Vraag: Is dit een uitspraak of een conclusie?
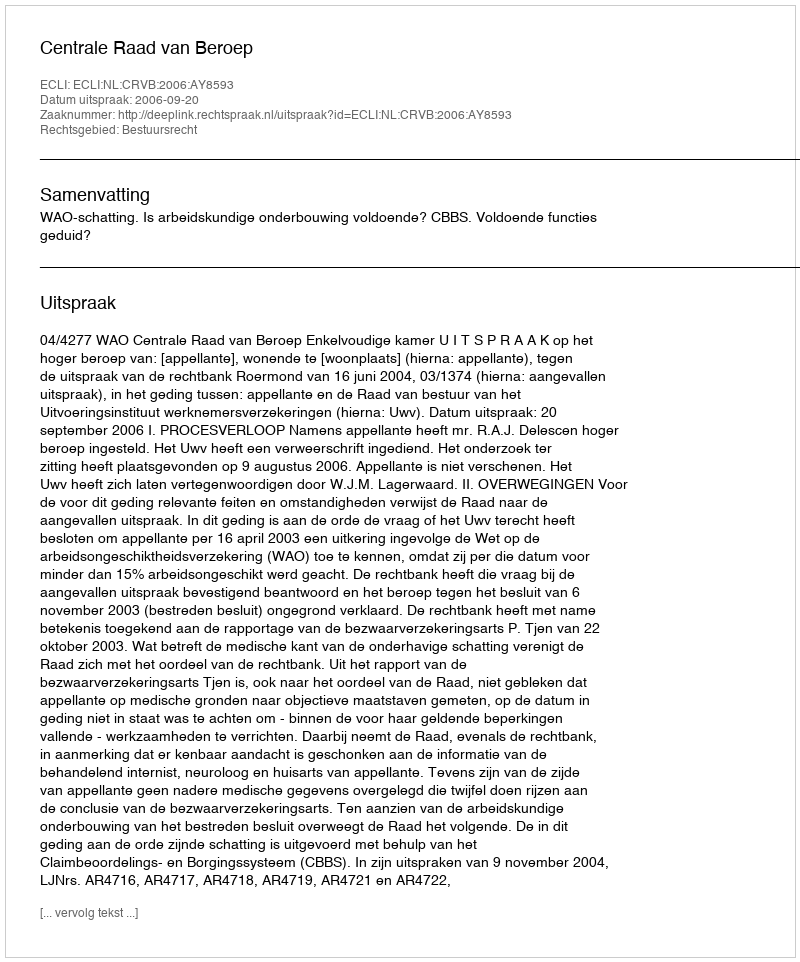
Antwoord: Uitspraak